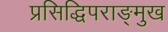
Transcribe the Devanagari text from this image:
प्रसिद्धिपराङ्मुख